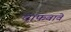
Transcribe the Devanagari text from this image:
वाफवावे